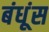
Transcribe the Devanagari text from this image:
बंधूंस